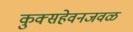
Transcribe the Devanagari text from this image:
कुक्सहेवनजवळ